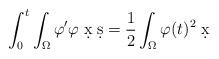
LaTeX: \begin{align*} \int_0^t \int_{\Omega} \varphi^{\prime} \varphi \; \d x \; \d s = \frac{1}{2} \int_{\Omega} \varphi (t)^2 \; \d x\end{align*}